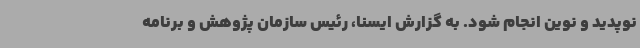
نوپدید و نوین انجام شود. به گزارش ایسنا، رئیس سازمان پژوهش و برنامه